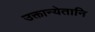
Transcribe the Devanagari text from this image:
उक्तान्येतानि